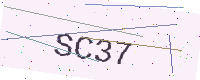
Text: SC37